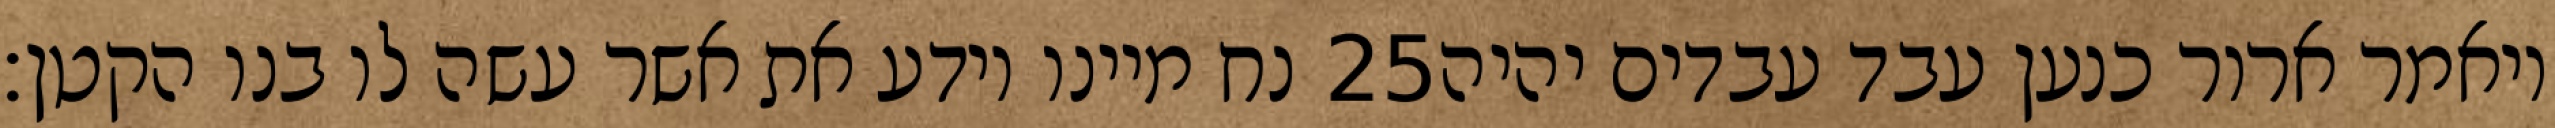
נח מיינו וידע את אשר עשה לו בנו הקטן׃ ‎25‏ ויאמר ארור כנען עבד עבדים יהיה